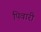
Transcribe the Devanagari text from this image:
पिवारी